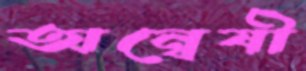
অন্বেষী